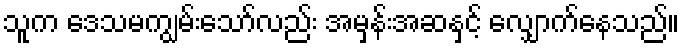
သူက ဒေသမကျွမ်းသော်လည်း အမှန်းအဆနှင့် လျှောက်နေသည်။